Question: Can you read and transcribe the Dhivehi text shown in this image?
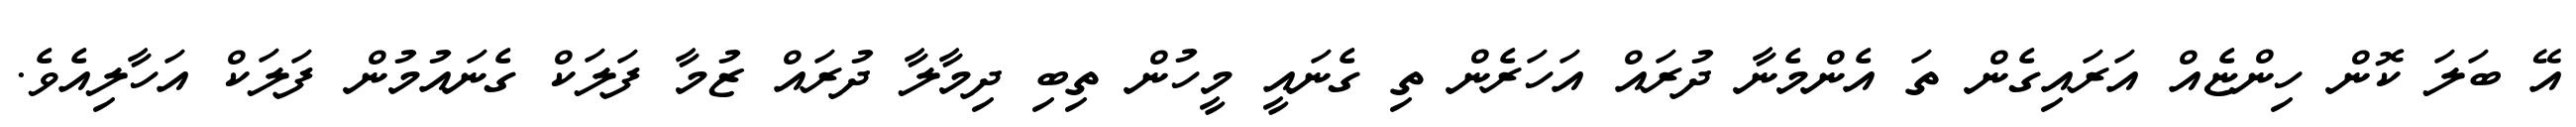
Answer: އޭ ބަލަ ކޮން ހިންޏެއް އަރައިގެން ތަ އެންމެނާ ދުރައް އަހަރެން ތި ގެނައީ މީހުން ތިބި ދިމާލާ ދުރައް ޒުމާ ފަލަކް ގެނައުމުން ފަލަކް އަހާލިއެވެ.